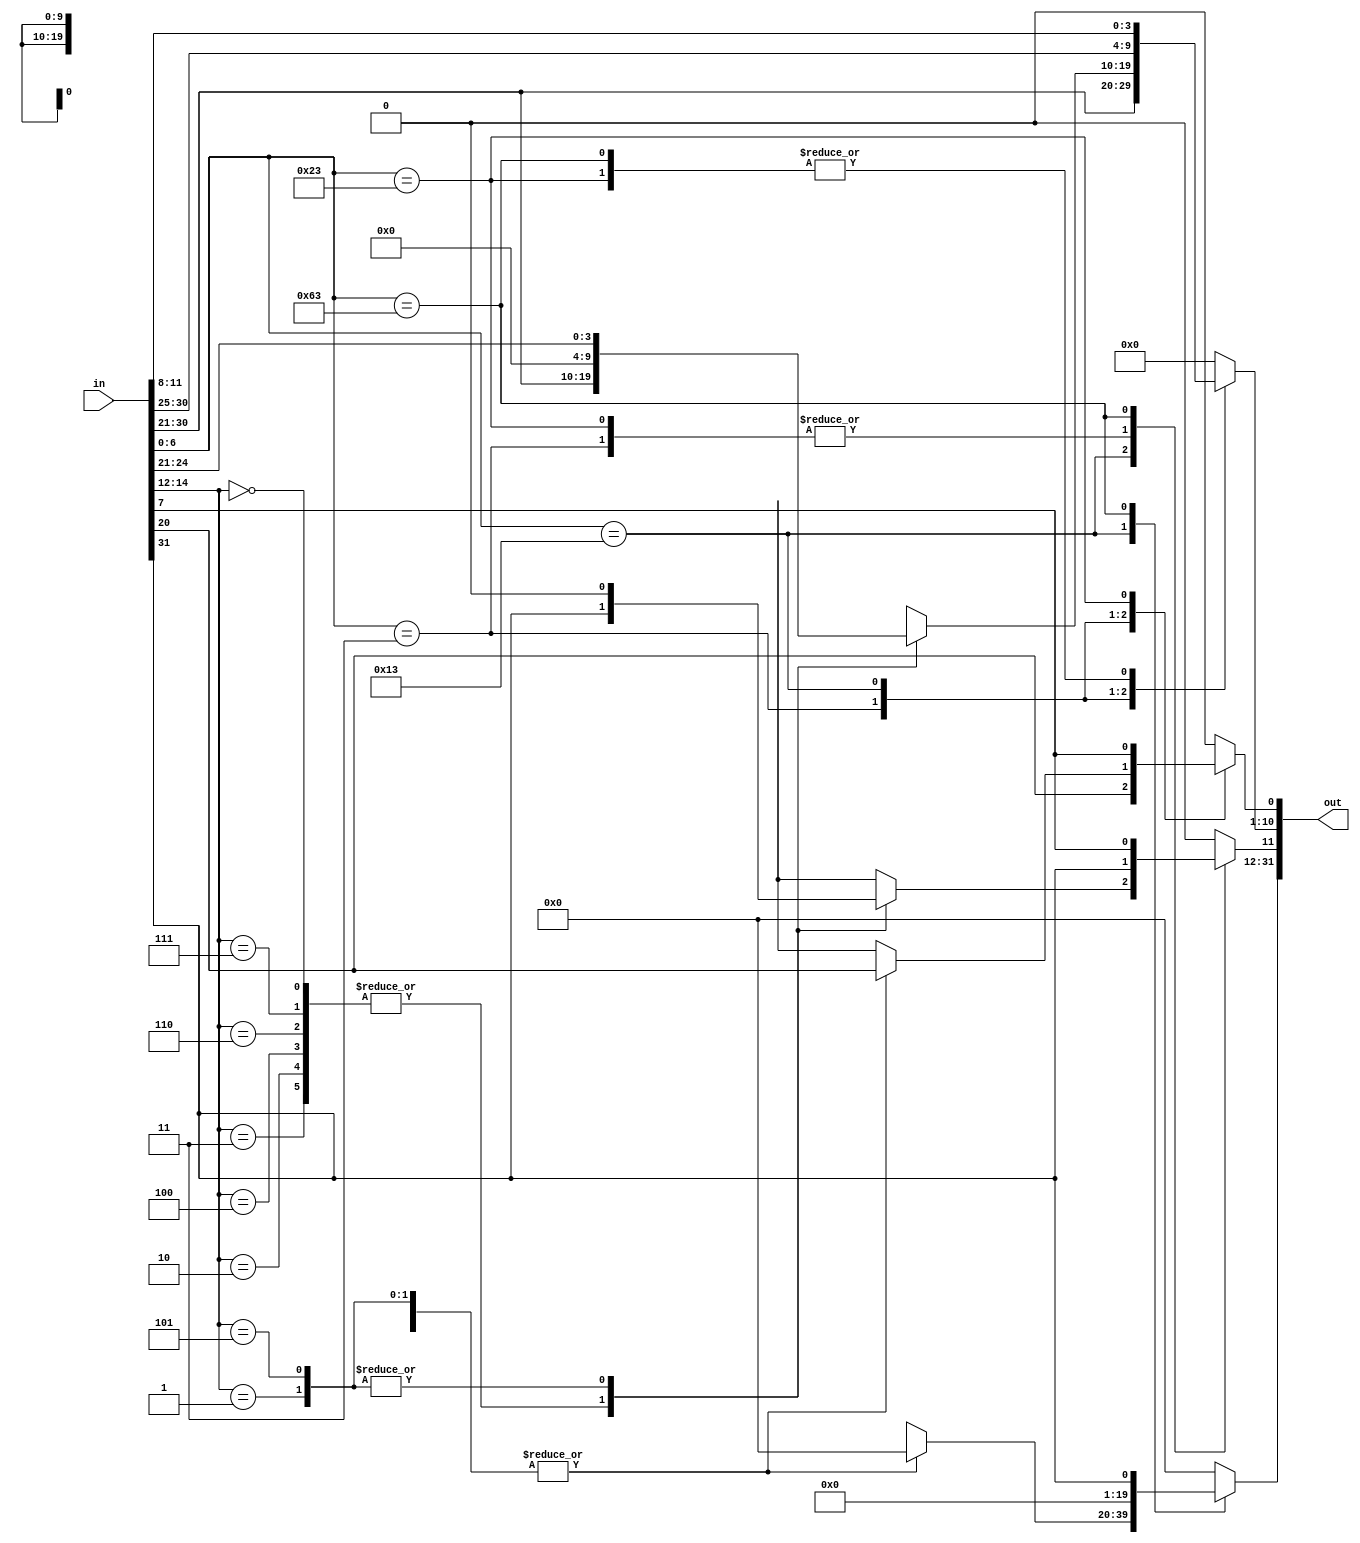
`timescale 1ns/1ps

module imm_gen(
    input [31:0] in,
    output reg [31:0] out
);

    reg [6:0] opcode;
    reg [2:0] func;

    always @(in) begin
        opcode = in[6:0];
        func = in[14:12];
        case(opcode)
            // lw
            'b0000011: {out[31:12], out[11:0]} <= {20'b0, in[31:20]};
            'b0010011: begin
                case(func)
                    // addi, andi, ori, xori, slti, sltiu
                    'b000, 'b111, 'b110, 'b100, 'b010, 'b011: {out[31:12], out[11:0]} <= {20'b0, in[31:20]};
                    // srli, srai, slli
                    'b101, 'b101, 'b001: {out[31:6], out[5:0]} <= {26'b0, in[24:20]};
                endcase
            end
            // sw
            'b0100011: {out[31:12], out[11:0]} <= {20'b0, {in[31:25], in[11:7]}};
            // beq, bne, blt, bge, bltu, bgeu
            'b1100011: {out[31:13], out[12], out[10:5], out[4:1], out[11], out[0]} <= {19'b0, in[31:25], in[11:7], 1'b0};
            default: out <= 0;
        endcase
    end

endmodule